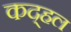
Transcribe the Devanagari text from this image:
कद्हल